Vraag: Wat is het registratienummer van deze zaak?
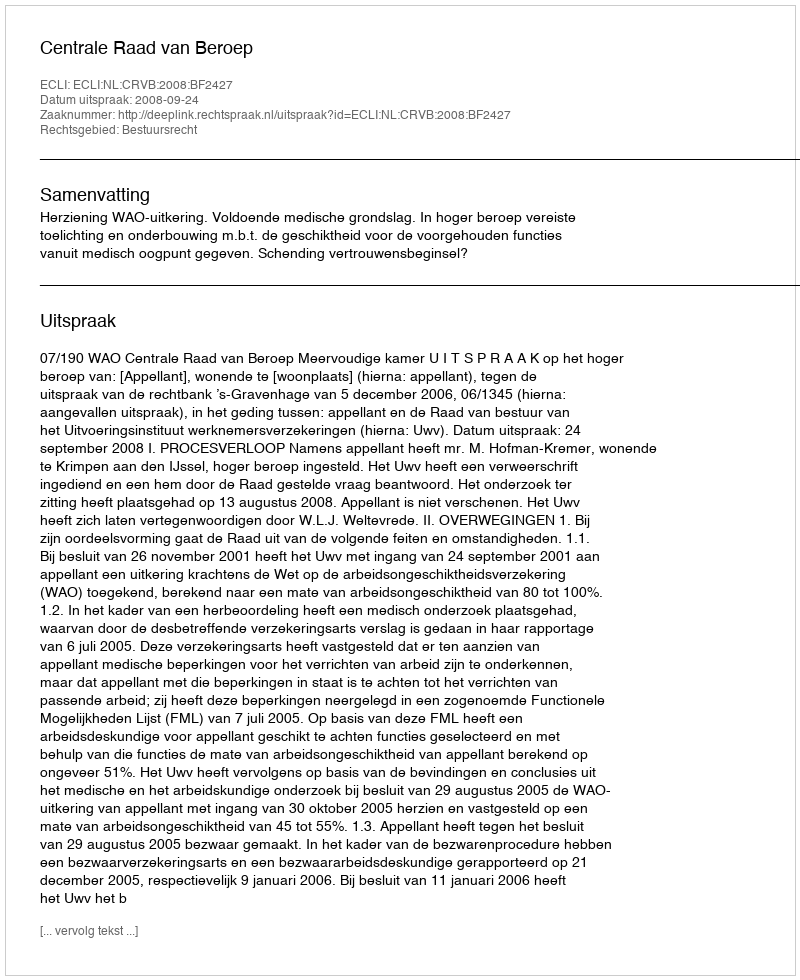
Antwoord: http://deeplink.rechtspraak.nl/uitspraak?id=ECLI:NL:CRVB:2008:BF2427